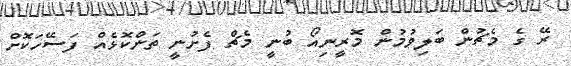
ރޭ ގެ މެޗުން ބަލިވުމުން މޮރީނިއޯ ބުނީ މެޗް ފެށުނީ ތަންކޮޅެއް ފަސޭހަކޮށް